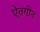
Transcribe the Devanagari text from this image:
ऐतगीन